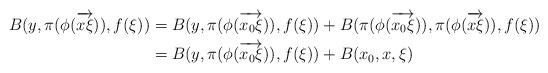
LaTeX: \begin{align*}B(y, \pi(\phi(\overrightarrow{x\xi})), f(\xi)) & = B(y, \pi(\phi(\overrightarrow{x_0\xi})), f(\xi)) + B(\pi(\phi(\overrightarrow{x_0\xi})), \pi(\phi(\overrightarrow{x\xi})), f(\xi)) \\ & = B(y, \pi(\phi(\overrightarrow{x_0\xi})), f(\xi)) + B(x_0, x, \xi) \\\end{align*}